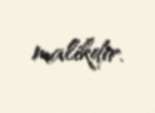
malikdir.